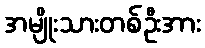
အမျိုးသားတစ်ဦးအား